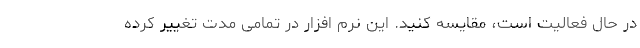
در حال فعالیت است، مقایسه کنید. این نرم افزار در تمامی مدت تغییر کرده